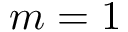
m = 1